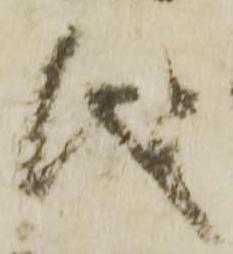
儀